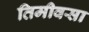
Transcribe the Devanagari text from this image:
तिमीवसा